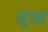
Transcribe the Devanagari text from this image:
सुध्ह